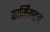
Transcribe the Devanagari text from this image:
फार्मिंगटन